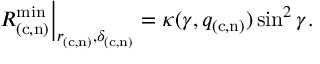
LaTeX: \left. R _ { ( \mathrm { c , n } ) } ^ { \mathrm { m i n } } \right| _ { r _ { ( \mathrm { c , n } ) } , \delta _ { ( \mathrm { c , n } ) } } = \kappa ( \gamma , q _ { ( \mathrm { c , n } ) } ) \sin ^ { 2 } \gamma .